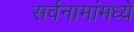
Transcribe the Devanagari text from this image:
सर्वनामांमध्ये